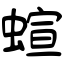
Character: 蝖